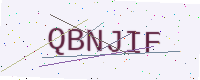
Text: QBNJIF